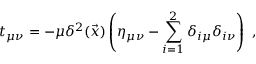
t _ { \mu \nu } = - \mu \delta ^ { 2 } ( \vec { x } ) \left( \eta _ { \mu \nu } - \sum _ { i = 1 } ^ { 2 } \delta _ { i \mu } \delta _ { i \nu } \right) \ ,